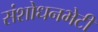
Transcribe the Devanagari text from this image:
संशोधनभेटी